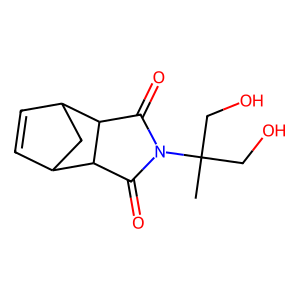
SMILES: CC(CO)(CO)N1C(=O)C2C3C=CC(C3)C2C1=O
Inhibits HIV replication: No